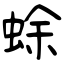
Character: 蜍